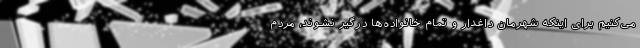
می‌کنیم برای اینکه شهرمان داغدار و تمام خانواده‌ها درگیر نشوند، مردم